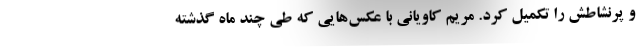
و پرنشاطش را تکمیل کرد. مریم کاویانی با عکس‌هایی که طی چند ماه گذشته